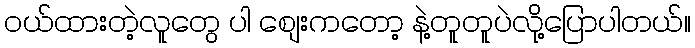
ဝယ်ထားတဲ့လူတွေ ပါ စျေးကတော့ နဲ့တူတူပဲလို့ပြောပါတယ်။